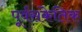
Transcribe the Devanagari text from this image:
पूर्वसंकेतिक